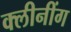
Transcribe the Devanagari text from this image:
क्लीनींग